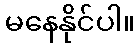
မနေနိုင်ပါ။